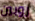
روبين